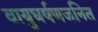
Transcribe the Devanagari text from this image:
वायुघर्षणजनित